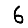
Digit: 6